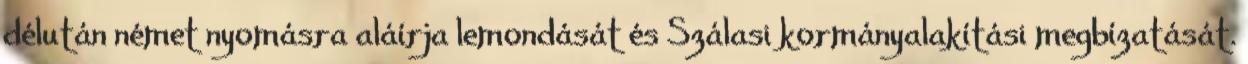
délután német nyomásra aláírja lemondását és Szálasi kormányalakítási megbízatását.